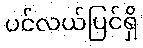
ပင်လယ်ပြင်ရှိ